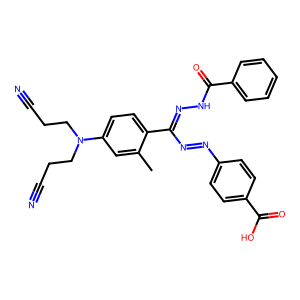
SMILES: Cc1cc(N(CCC#N)CCC#N)ccc1C(N=Nc1ccc(C(=O)O)cc1)=NNC(=O)c1ccccc1
Inhibits HIV replication: No